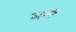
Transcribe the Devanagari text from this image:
उड़तीं